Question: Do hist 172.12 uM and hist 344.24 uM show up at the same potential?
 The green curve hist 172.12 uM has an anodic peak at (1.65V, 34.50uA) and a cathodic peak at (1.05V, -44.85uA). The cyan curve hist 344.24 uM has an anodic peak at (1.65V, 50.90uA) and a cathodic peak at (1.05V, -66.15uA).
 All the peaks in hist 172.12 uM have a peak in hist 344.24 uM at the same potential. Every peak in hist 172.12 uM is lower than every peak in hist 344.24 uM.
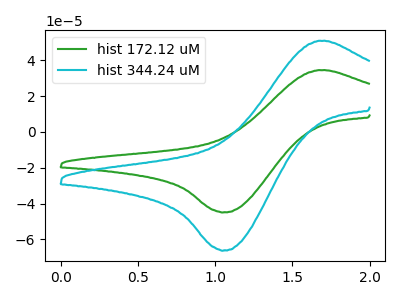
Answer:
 <answer>"hist 172.12 uM" and "hist 344.24 uM" are similar in shape.</answer>
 <eval>same_shape</eval>